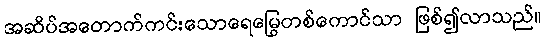
အဆိပ်အတောက်ကင်းသောရေမြွေတစ်ကောင်သာ ဖြစ်၍လာသည်။